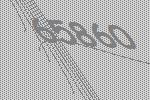
65860